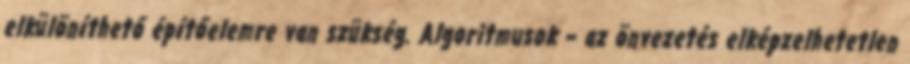
elkülöníthető építőelemre van szükség. Algoritmusok – az önvezetés elképzelhetetlen